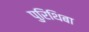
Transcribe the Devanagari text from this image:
पुरिथिबा